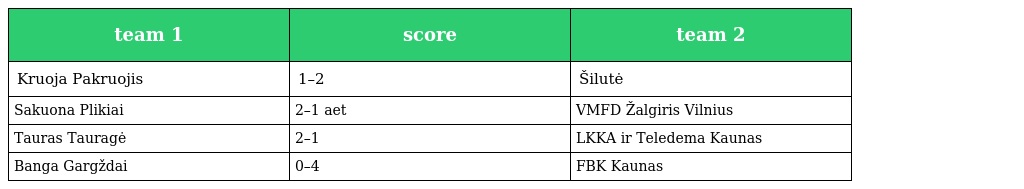
| team 1 | score | team 2 |
 | --- | --- | --- |
 | Kruoja Pakruojis | 1–2 | Šilutė |
 | Sakuona Plikiai | 2–1 aet | VMFD Žalgiris Vilnius |
 | Tauras Tauragė | 2–1 | LKKA ir Teledema Kaunas |
 | Banga Gargždai | 0–4 | FBK Kaunas |